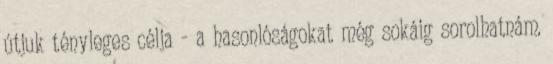
útjuk tényleges célja - a hasonlóságokat még sokáig sorolhatnám.